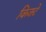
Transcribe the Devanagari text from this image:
किक्टे